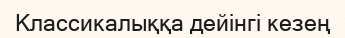
Классикалыққа дейінгі кезең